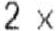
2 X